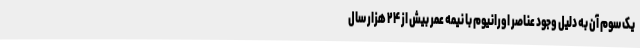
یک سوم آن به دلیل وجود عناصر اورانیوم با نیمه عمر بیش از ۲۴ هزار سال